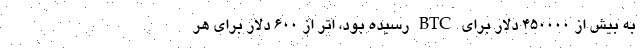
به بیش از 450000 دلار برای BTC رسیده بود، اتر از 600 دلار برای هر